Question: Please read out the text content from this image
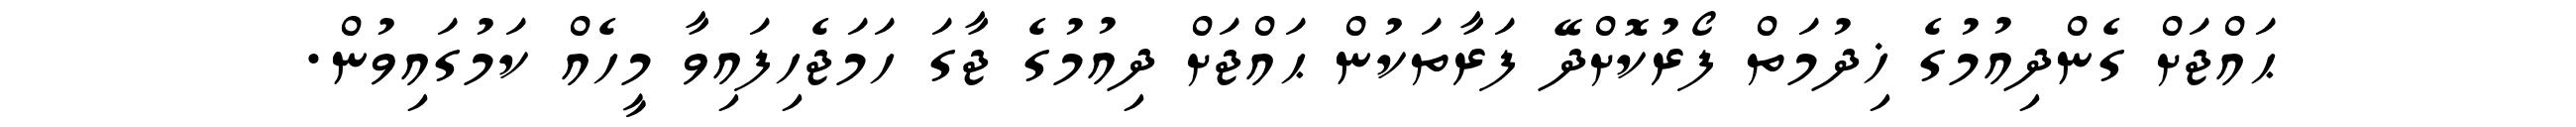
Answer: ޙައްޖަށް ގެންދިއުމުގެ ޚިދުމަތް ފޯރުކޮށްދޭ ފަރާތަކުން ޙައްޖަށް ދިއުމުގެ ޖާގަ ހަމަޖެހިފައިވާ މީހެއް ކަމުގައިވުން.